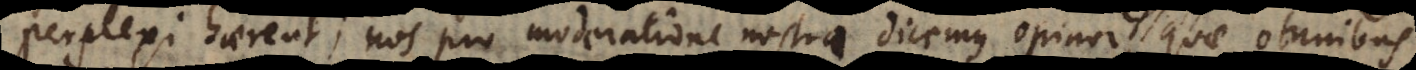
perplexi haerent; nos pro moderatione nostra dicemus, opinor, quae omnibus